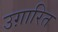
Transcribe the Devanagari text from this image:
उग़ारित